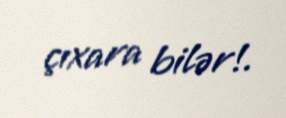
çıxara bilər!.